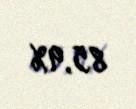
85,9%